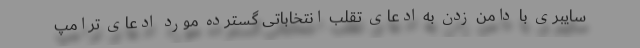
سایبری با دامن زدن به ادعای تقلب انتخاباتی گسترده مورد ادعای ترامپ